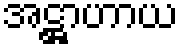
အဋ္ဌာဟာယ